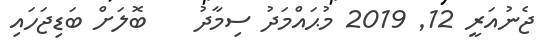
ޖެނުއަރީ 12